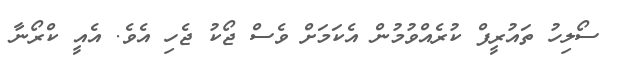
ސޯލިހު ތައުރީފް ކުރެއްވުމުން އެކަމަށް ވެސް ޖޯކު ޖެހި އެވެ. އެއީ ކްރޯނާ